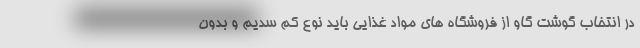
در انتخاب گوشت گاو از فروشگاه های مواد غذایی باید نوع کم سدیم و بدون